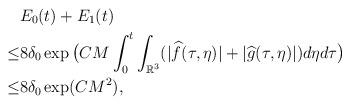
LaTeX: \begin{align*}&E_0(t)+E_1(t) \\\leq & 8\delta_0\exp \big{(}CM\int_0^t \int_{\mathbb{R}^3}(|\widehat{f}(\tau,\eta)|+|\widehat{g}(\tau,\eta)| )d\eta d\tau \big{)}\\\leq& 8\delta_0 \exp (CM^2),\end{align*}